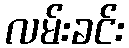
လမ်းခင်း